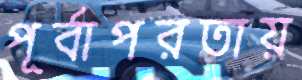
পূর্বাপরতায়